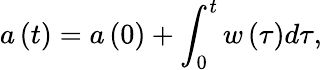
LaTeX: a\left(t\right)=a\left(0\right)+\int_{0}^{t}w\left(\tau\right)d\tau,